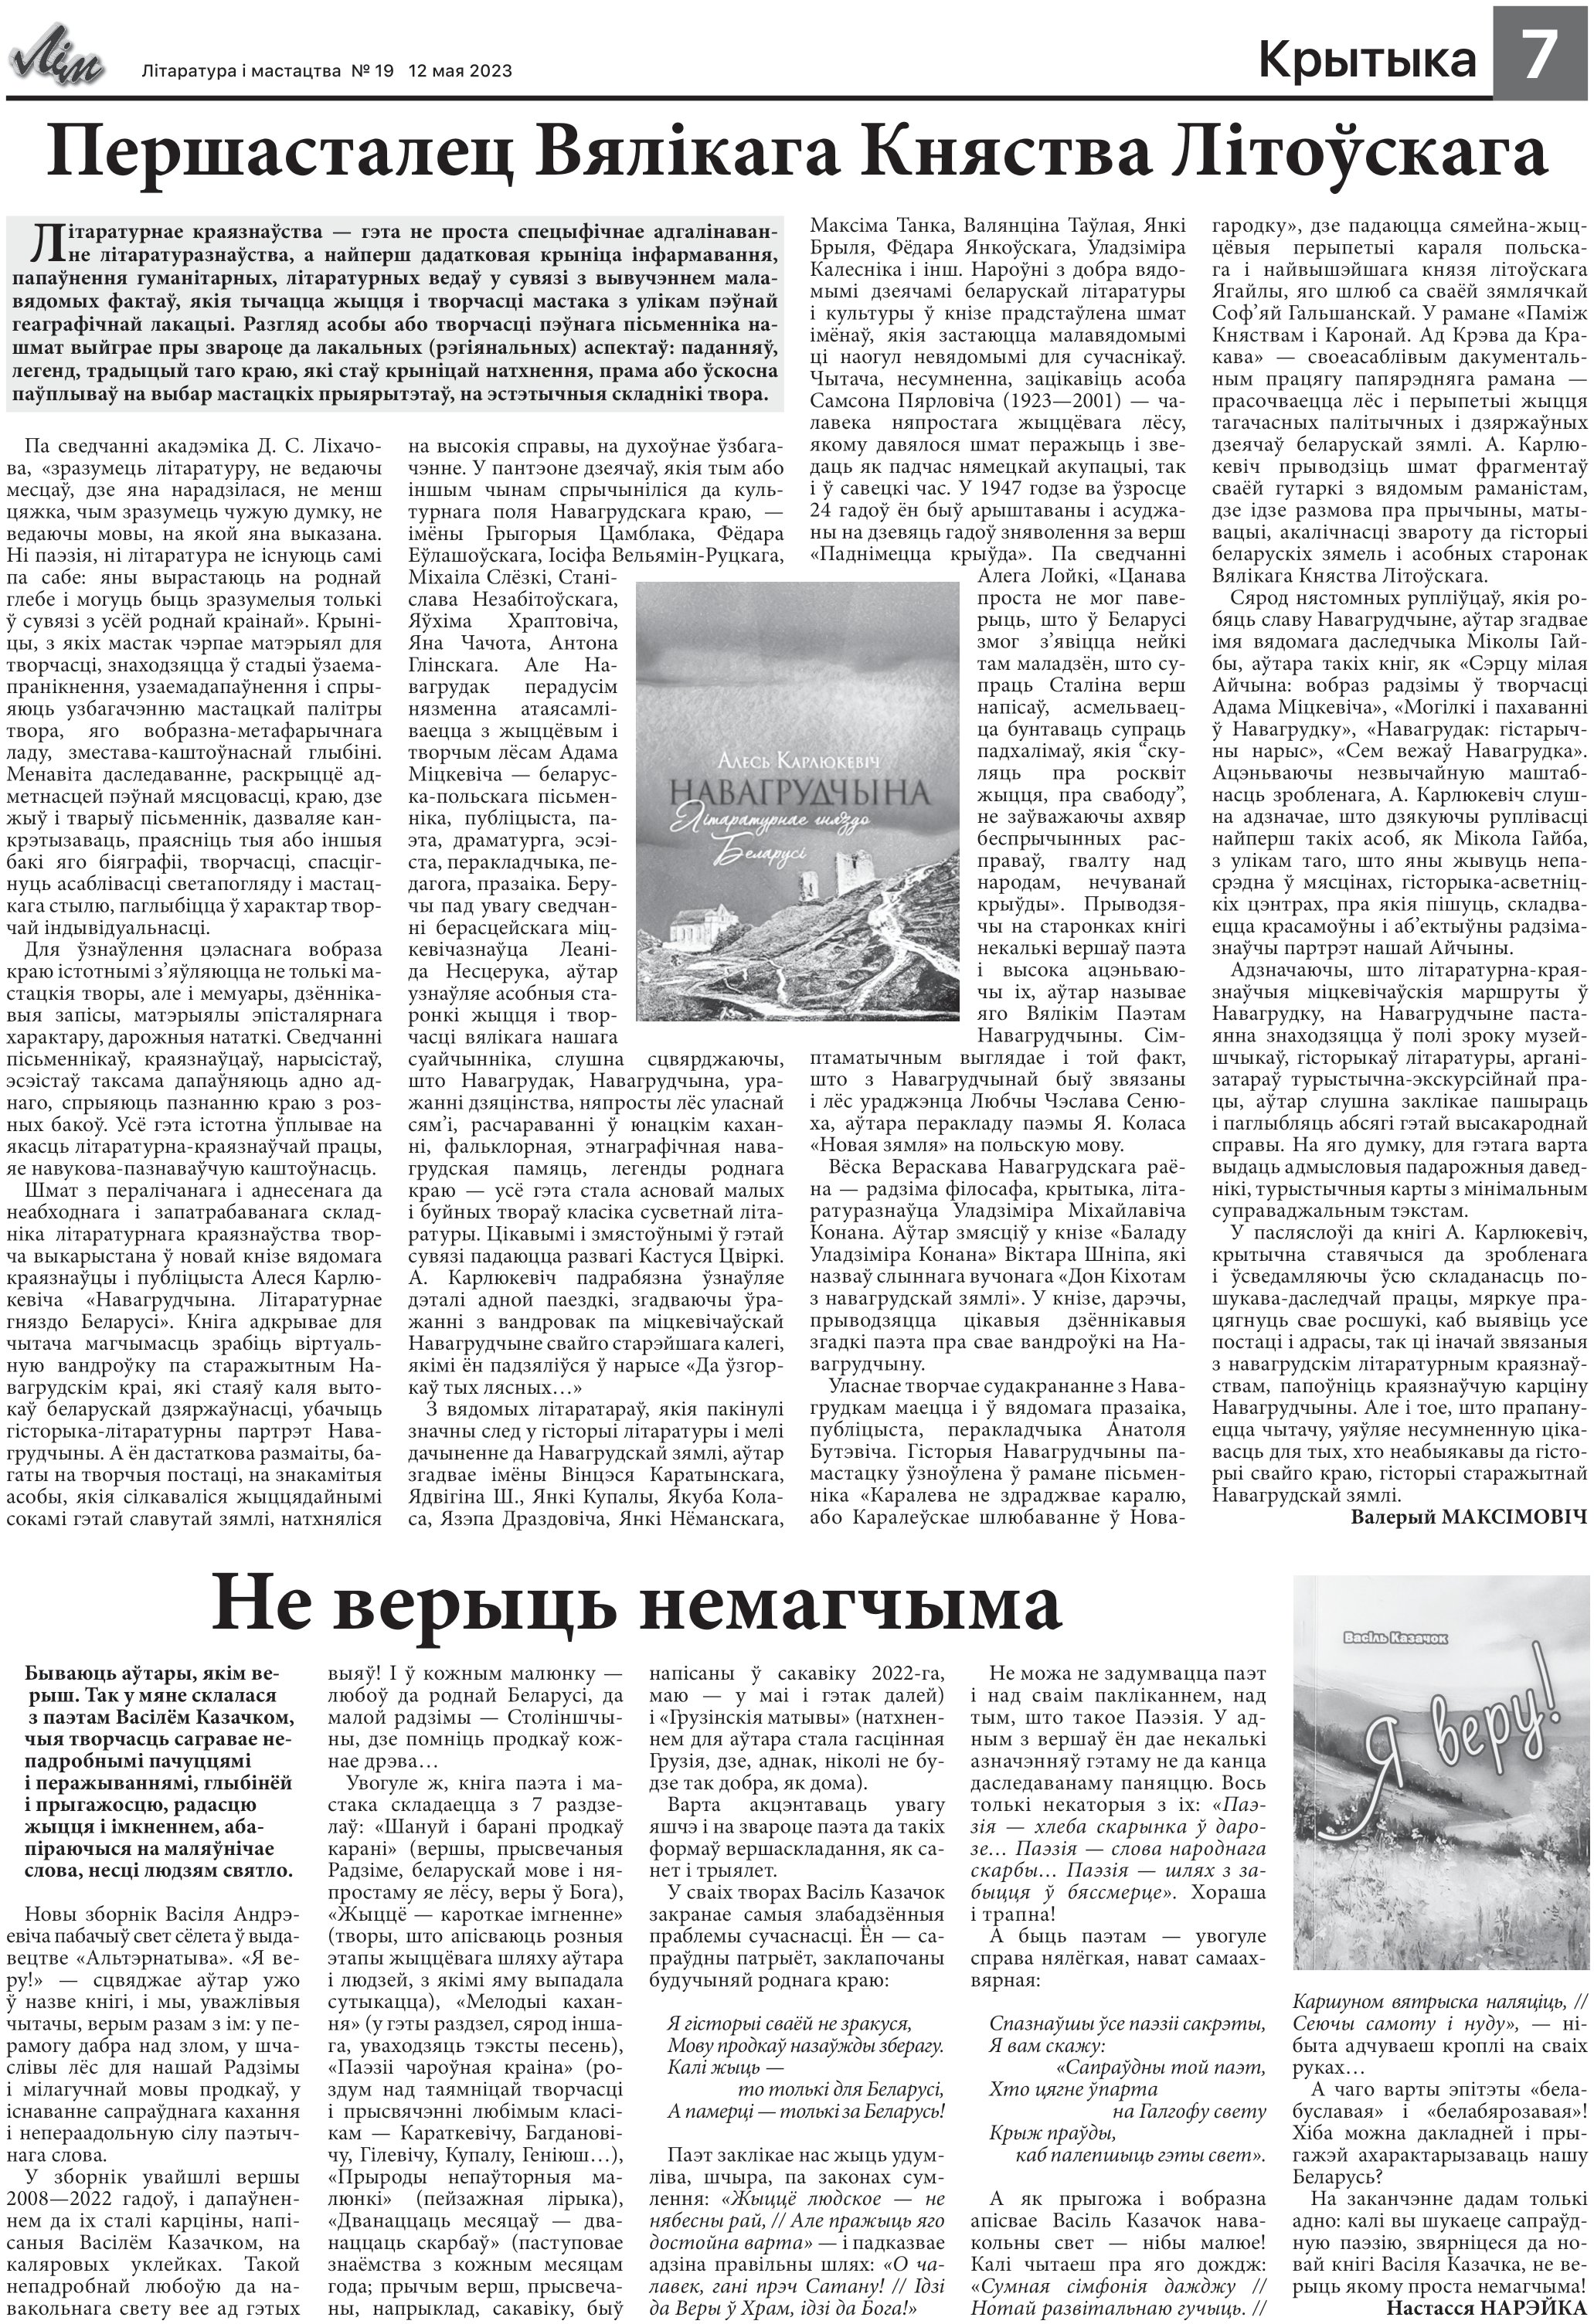
Language: be